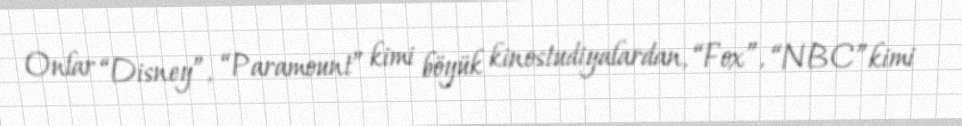
Onlar “Disney”, “Paramount” kimi böyük kinostudiyalardan, “Fox”, “NBC”kimi